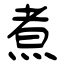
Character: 煮